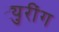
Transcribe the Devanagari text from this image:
ट्युरींग